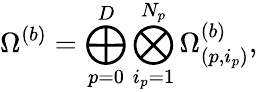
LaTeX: \Omega^{(b)}=\bigoplus_{p=0}^{D}\bigotimes_{i_{p}=1}^{N_{p}}\Omega_{(p,i_{p})}^{(b)},